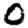
Digit: 0